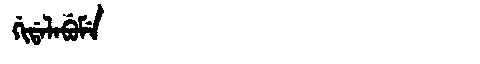
Manchu: ᡤᡳᡩᠠᠯᠠᠪᡠᠮᡝ
Romanization: GIDALABUME